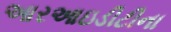
આરઆઇડીટીના